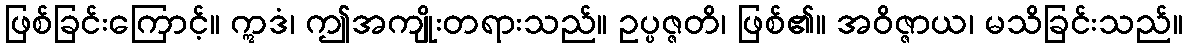
ဖြစ်ခြင်းကြောင့်။ ဣဒံ၊ ဤအကျိုးတရားသည်။ ဥပ္ပဇ္ဇတိ၊ ဖြစ်၏။ အဝိဇ္ဇာယ၊ မသိခြင်းသည်။